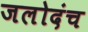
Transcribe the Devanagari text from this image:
जलोदंच